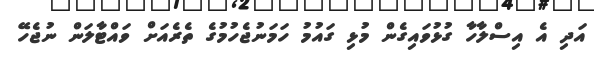
އަދި އެ އިސްލާހާ ގުޅުވައިގެން މުޅި ގައުމު ހަމަނުޖެހުމުގެ ތެރެއަށް ވައްޓާލަން ނުޖެހޭ